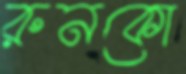
রুনকো